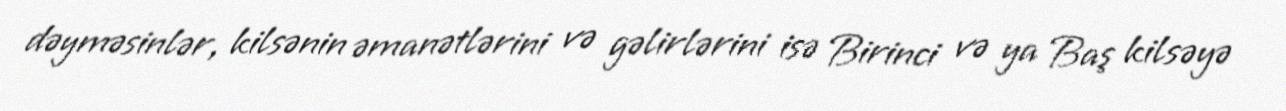
dəyməsinlər, kilsənin əmanətlərini və gəlirlərini isə Birinci və ya Baş kilsəyə